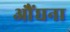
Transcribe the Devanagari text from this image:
औंघना